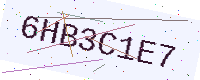
Text: 6HB3C1E7